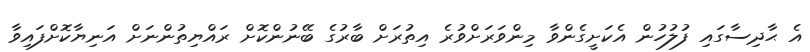
އެ ޙާދިސާގައި ފުލުހުން އެކަށީގެންވާ މިންވަރަށްވުރެ އިތުރަށް ބާރުގެ ބޭނުންކޮށް ރައްޔިތުންނަށް އަނިޔާކޮށްފައިވާ